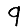
Digit: 9